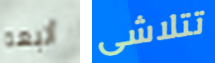
أتبعه تتلاشى